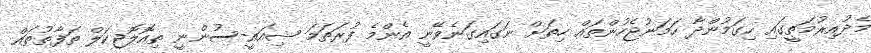
މެދުއިރުމަތީގައި ހިގަމުންދާ ހަމަނުޖެހުންތައް ހިތަށް ނަގައިގަނެވޭނީ އެންމެ ފުރަތަމަ ޝިއައީ-ސުންނީ ތިއޮލޮޖިކަލް ތަފާތުތައް